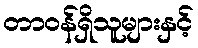
တာဝန်ရှိသူများနှင့်